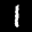
Label: 1